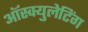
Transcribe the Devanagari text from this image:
ऑस्क्युलेटिंग